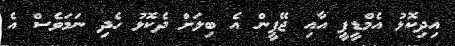
އިދިކޮޅު އެމްޑީޕީ އާއި ޖޭޕީން އެ ބިލަށް ދެކޮޅު ހެދި ނަމަވެސް އެ